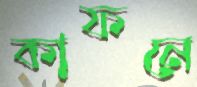
কাফনে